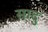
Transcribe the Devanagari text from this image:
सादु